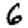
Digit: 6